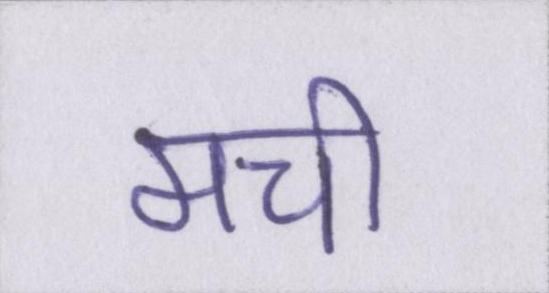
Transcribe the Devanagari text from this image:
मची